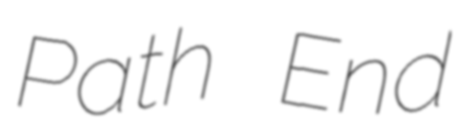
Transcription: Path End